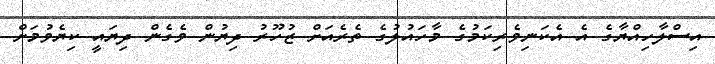
އިސްލާހިއްޔާގެ އެ އެކަނިވެރިކަމުގެ މާހައުލުގެ ތެރެއަށް ޒުހޫރު ދިޔުން ވެގެން ދިޔައީ ކިޔެވުމަށް